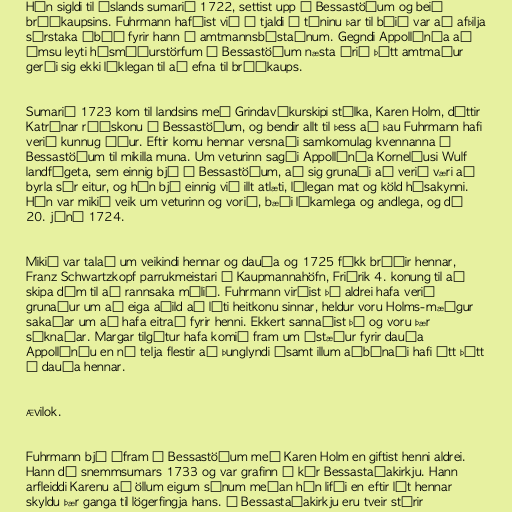
Hún sigldi til Íslands sumarið 1722, settist upp á Bessastöðum og beið
brúðkaupsins. Fuhrmann hafðist við í tjaldi á túninu þar til búið var að afþilja
sérstaka íbúð fyrir hann í amtmannsbústaðnum. Gegndi Appollónía að
ýmsu leyti húsmóðurstörfum á Bessastöðum næsta árið þótt amtmaður
gerði sig ekki líklegan til að efna til brúðkaups.

Sumarið 1723 kom til landsins með Grindavíkurskipi stúlka, Karen Holm, dóttir
Katrínar ráðskonu á Bessastöðum, og bendir allt til þess að þau Fuhrmann hafi
verið kunnug áður. Eftir komu hennar versnaði samkomulag kvennanna á
Bessastöðum til mikilla muna. Um veturinn sagði Appollónía Kornelíusi Wulf
landfógeta, sem einnig bjó á Bessastöðum, að sig grunaði að verið væri að
byrla sér eitur, og hún bjó einnig við illt atlæti, lélegan mat og köld húsakynni.
Hún var mikið veik um veturinn og vorið, bæði líkamlega og andlega, og dó
20. júní 1724.

Mikið var talað um veikindi hennar og dauða og 1725 fékk bróðir hennar,
Franz Schwartzkopf parrukmeistari í Kaupmannahöfn, Friðrik 4. konung til að
skipa dóm til að rannsaka málið. Fuhrmann virðist þó aldrei hafa verið
grunaður um að eiga aðild að láti heitkonu sinnar, heldur voru Holms-mæðgur
sakaðar um að hafa eitrað fyrir henni. Ekkert sannaðist þó og voru þær
sýknaðar. Margar tilgátur hafa komið fram um ástæður fyrir dauða
Appollóníu en nú telja flestir að þunglyndi ásamt illum aðbúnaði hafi átt þátt
í dauða hennar.

Ævilok.

Fuhrmann bjó áfram á Bessastöðum með Karen Holm en giftist henni aldrei.
Hann dó snemmsumars 1733 og var grafinn í kór Bessastaðakirkju. Hann
arfleiddi Karenu að öllum eigum sínum meðan hún lifði en eftir lát hennar
skyldu þær ganga til lögerfingja hans. Í Bessastaðakirkju eru tveir stórir